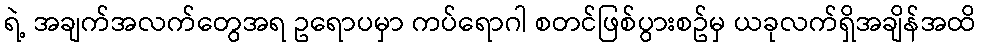
ရဲ့ အချက်အလက်တွေအရ ဥရောပမှာ ကပ်ရောဂါ စတင်ဖြစ်ပွားစဥ်မှ ယခုလက်ရှိအချိန်အထိ